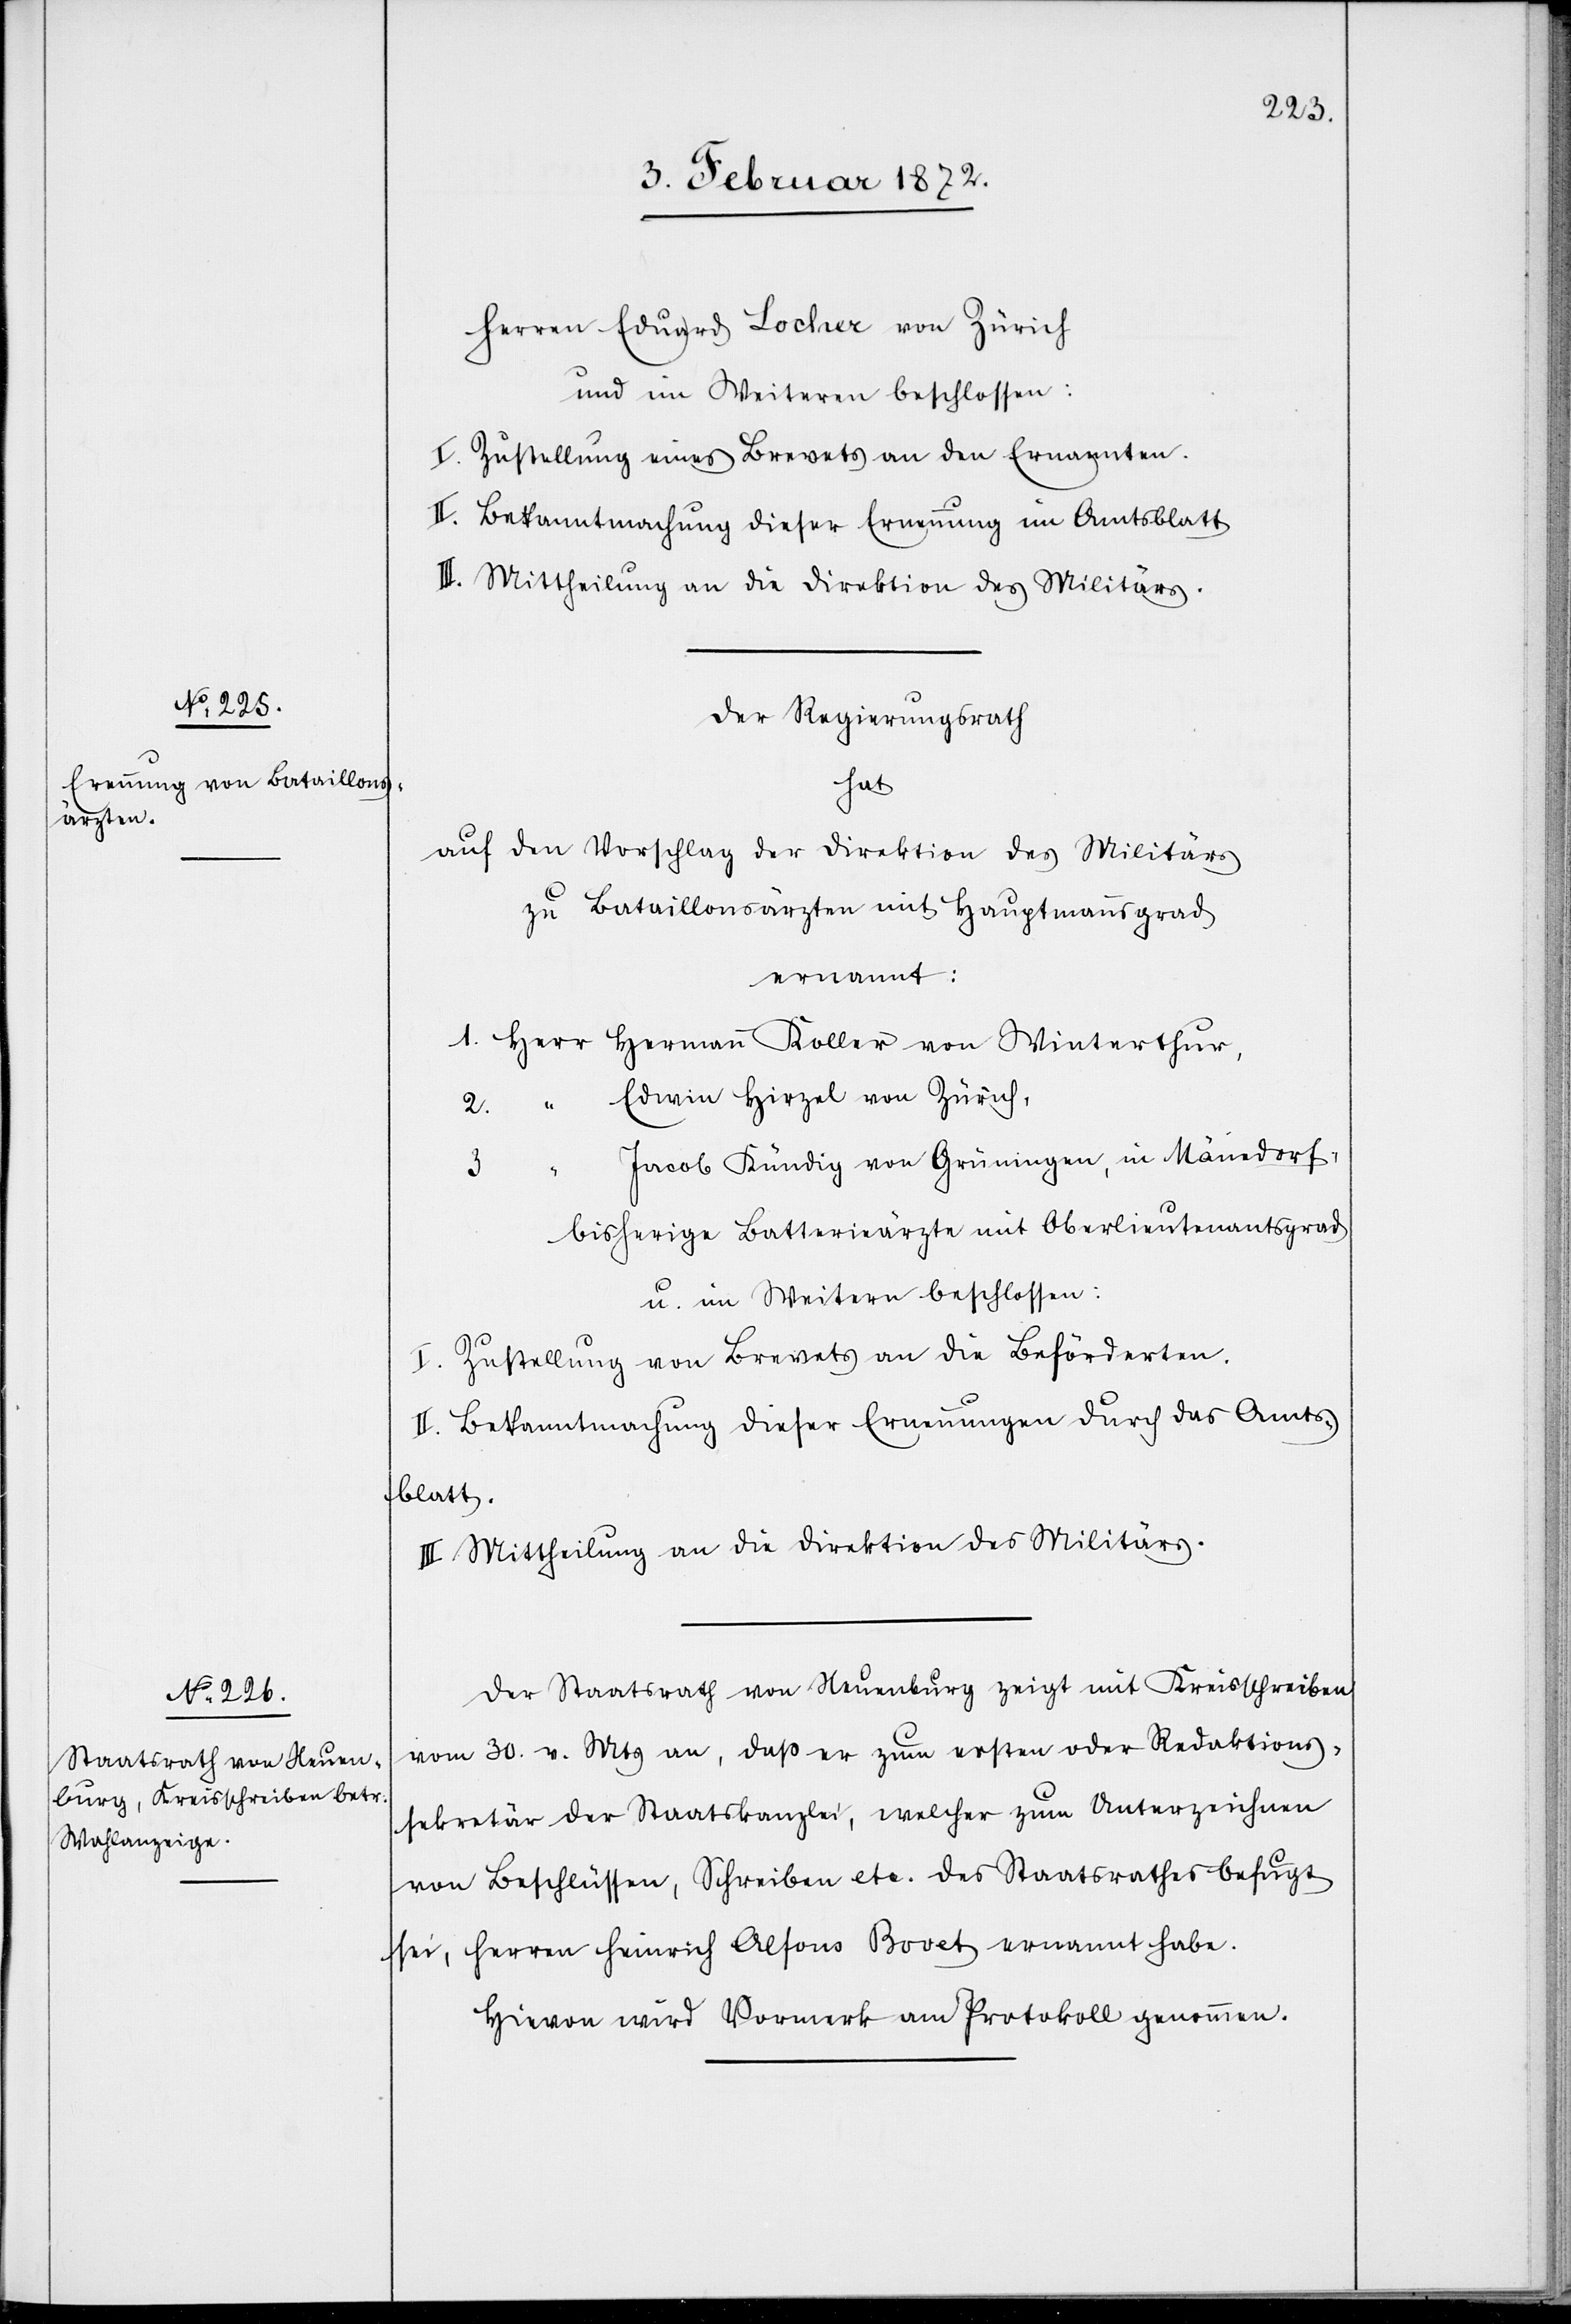
Herren Eduard Locher von Zürich
und im Weiteren beschlossen:
I. Zustellung eines Brevets an den Ernannten.
II. Bekanntmachung dieser Ernennung im Amtsblatt.
III. Mittheilung an die Direktion des Militärs.
Der Regierungsrath
hat
auf den Vorschlag der Direktion des Militärs
zu Bataillonsärzten mit Hauptmannsgrad
ernannt:
1. Herr Hermann Koller von Winterthur,
2. “ Edwin Hirzel von Zürich,
Jacob Kündig von Grüningen, in Männedorf,
3.
bisherige Batterieärzte mit Oberlieutenantsgrad
u. im Weitern beschlossen:
I. Zustellung von Brevets an die Beförderten.
II. Bekanntmachung dieser Ernennungen durch das Amts¬
blatt.
III. Mittheilung an die Direktion des Militärs.
Der Staatsrath von Neuenburg zeigt mit Kreisschreiben
vom 30. v.Mts an, daß er zum ersten oder Redaktions¬
sekretär der Staatskanzlei, welcher zum Unterzeichnen
von Beschlüssen, Schreiben etc. des Staatsrathes befugt
sei, Herren Heinrich Alfonso Bovet ernannt habe.
Hiervon wird Vormerk am Protokoll genommen.